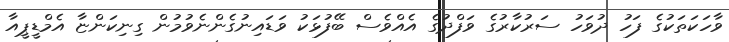
ވާހަކަތަކުގެ ފަހު ދުވަހު ސަރުކާރުގެ ވަފްދުގެ އެއްވެސް ބޭފުޅަކު ވަޑައިނުގެންނެވުމުން ގިނިކަންޏާ އެމްޑީޕީއާ